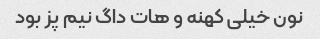
نون خیلی کهنه و هات داگ نیم پز بود